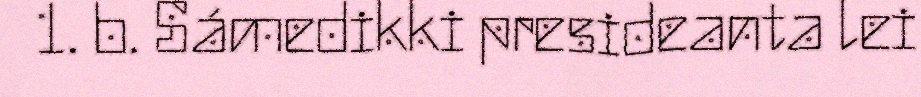
1. b. Sámedikki presideanta lei